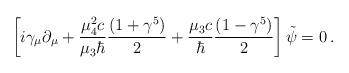
LaTeX: \begin{align*}\left [ i\gamma_\mu \partial_\mu + {\mu_4^2 c\over \mu_3 \hbar}{(1+\gamma^5)\over 2} + {\mu_3 c \over \hbar} {(1-\gamma^5)\over 2}\right ]\tilde\psi = 0\,.\end{align*}